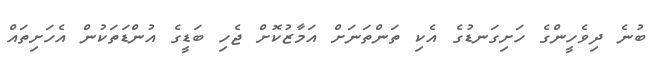
ބުނެ ދިވެހީންގެ ހަށިގަނޑުގެ އެކި ތަންތަނަށް އަމާޒުކޮށް ޖެހި ބަޑީގެ އުންޑަތަކުން އެހަށިތައް